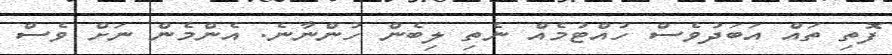
ފޮތި ތައް އަބަދުވެސް ހުއްޓުމެއް ނެތި ލިބެން ހުންނާނެ. އެންމެން ނަށް ވެސް